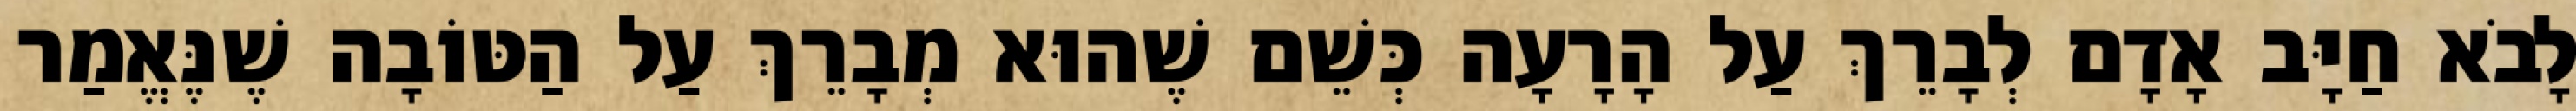
לָבֹא חַיָּב אָדָם לְבָרֵךְ עַל הָרָעָה כְּשֵׁם שֶׁהוּא מְבָרֵךְ עַל הַטּוֹבָה שֶׁנֶּאֱמַר